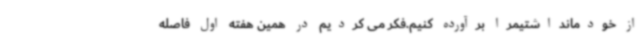
از خودمانداشتیمرا برآورده کنیم.فکر می کردیم در همین هفته اول فاصله